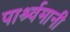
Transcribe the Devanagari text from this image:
पार्श्र्वमानी